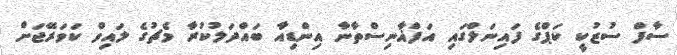
ސާފް ސުޒުކީ ކަޕްގެ ފައިނަލްގައި އަފްޣާނިސްތާނާ އިންޑިއާ ބައްދަލުކުރާ މެޗުގެ ލައިވް ކަވަރޭޖަށް